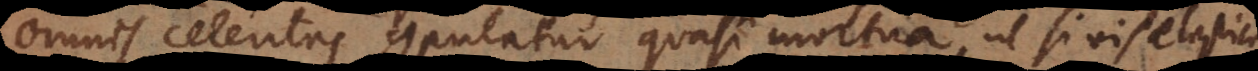
omnis celeritas computatur quasi mortua, ut si vis elastica